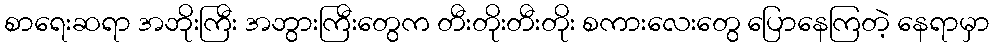
စာရေးဆရာ အဘိုးကြီး အဘွားကြီးတွေက တီးတိုးတီးတိုး စကားလေးတွေ ပြောနေကြတဲ့ နေရာမှာ